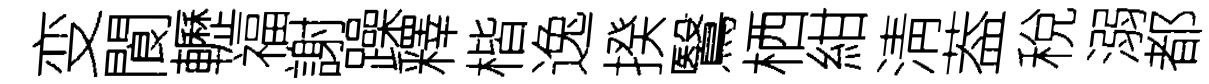
变閬轣福謝躁釋楷逸揆鷖栖紺淸葢稅溺都